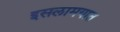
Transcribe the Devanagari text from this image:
इसलामयात